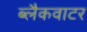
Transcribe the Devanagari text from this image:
ब्लैकवाटर